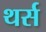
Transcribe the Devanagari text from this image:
थर्स